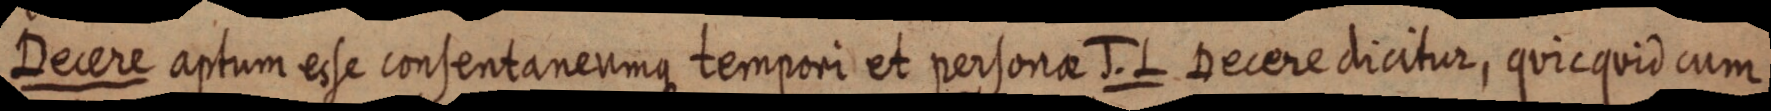
Decere aptum esse consenta neumque tempori et personae J. L Decere dicitur, quicquid cum